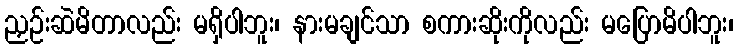
ညှဉ်းဆဲမိတာလည်း မရှိပါဘူး၊ နားမချင်သာ စကားဆိုးကိုလည်း မပြောမိပါဘူး၊